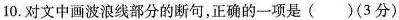
10. 对文中画波浪线部分的断句，正确的一项是()(3分)